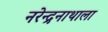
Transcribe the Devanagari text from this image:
नरेन्द्रनाथाला